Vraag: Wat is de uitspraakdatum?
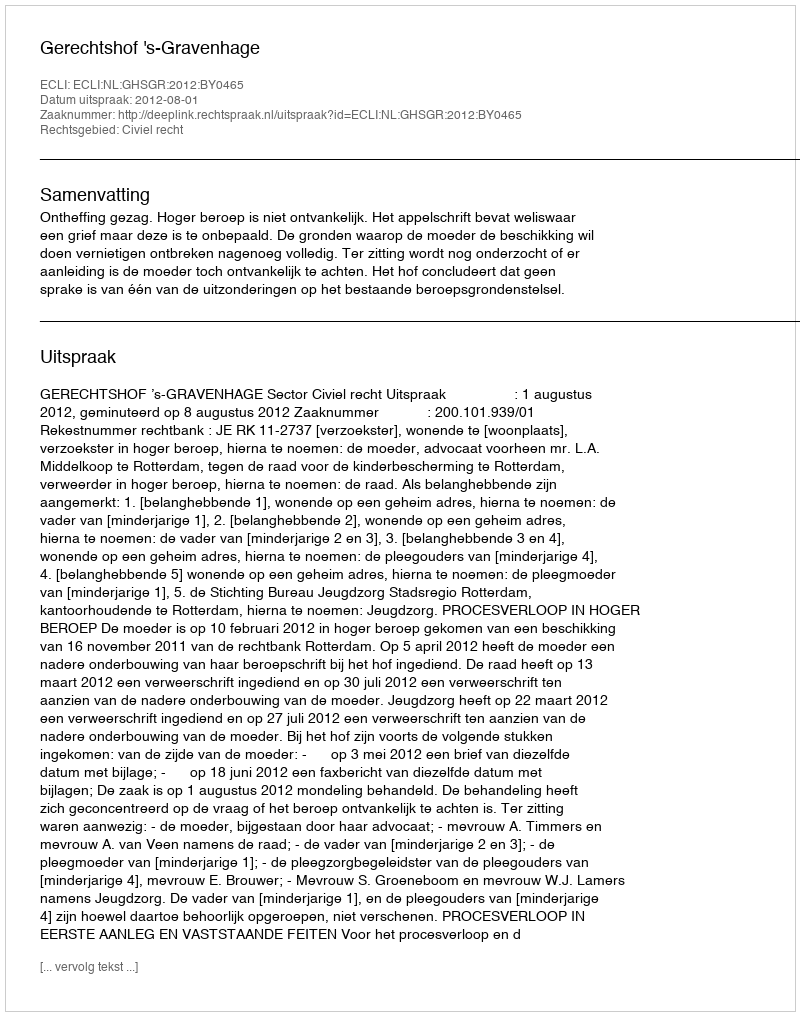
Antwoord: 2012-08-01